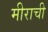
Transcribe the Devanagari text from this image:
मीराची